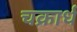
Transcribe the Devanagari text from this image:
चक्रार्ध